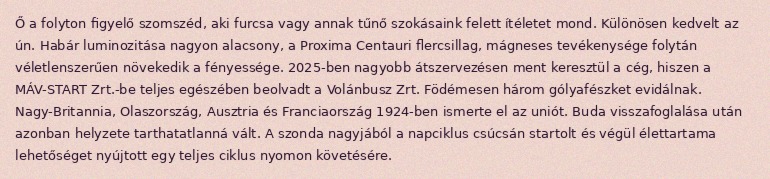
Ő a folyton figyelő szomszéd, aki furcsa vagy annak tűnő szokásaink felett ítéletet mond. Különösen kedvelt az ún. Habár luminozitása nagyon alacsony, a Proxima Centauri flercsillag, mágneses tevékenysége folytán véletlenszerűen növekedik a fényessége. 2025-ben nagyobb átszervezésen ment keresztül a cég, hiszen a MÁV-START Zrt.-be teljes egészében beolvadt a Volánbusz Zrt. Födémesen három gólyafészket evidálnak. Nagy-Britannia, Olaszország, Ausztria és Franciaország 1924-ben ismerte el az uniót. Buda visszafoglalása után azonban helyzete tarthatatlanná vált. A szonda nagyjából a napciklus csúcsán startolt és végül élettartama lehetőséget nyújtott egy teljes ciklus nyomon követésére.